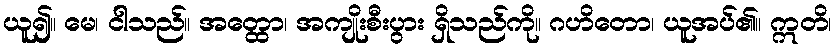
ယူ၍။ မေ၊ ငါသည်။ အတ္ထော၊ အကျိုးစီးပွား ရှိသည်ကို။ ဂဟိတော၊ ယူအပ်၏။ ဣတိ၊